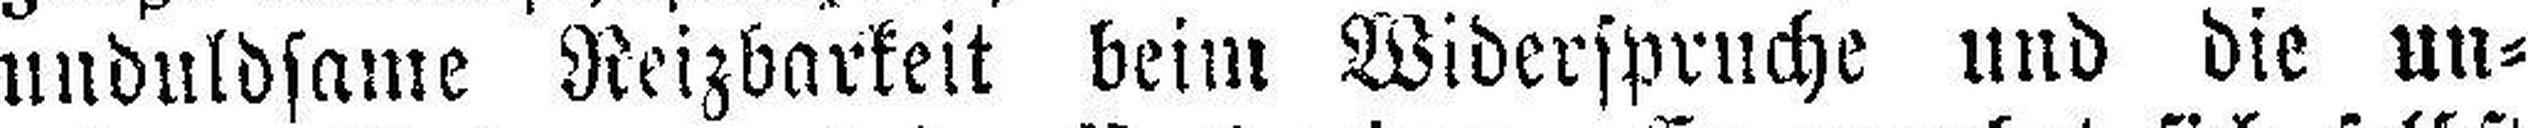
unduldsame Reizbarkeit beim Widerspruche und die un¬